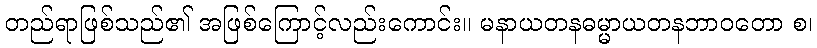
တည်ရာဖြစ်သည်၏ အဖြစ်ကြောင့်လည်းကောင်း။ မနာယတနဓမ္မာယတနဘာဝတော စ၊